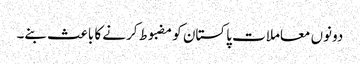
دونوں معاملات پاکستان کو مضبوط کرنے کا باعث بنے۔